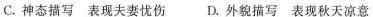
C.神态描写 表现夫妻忧伤 D.外貌描写 表现秋天凉意